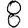
Digit: 8